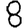
Digit: 8